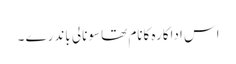
اس اداکارہ کانام تھا سونالی باندرے ۔